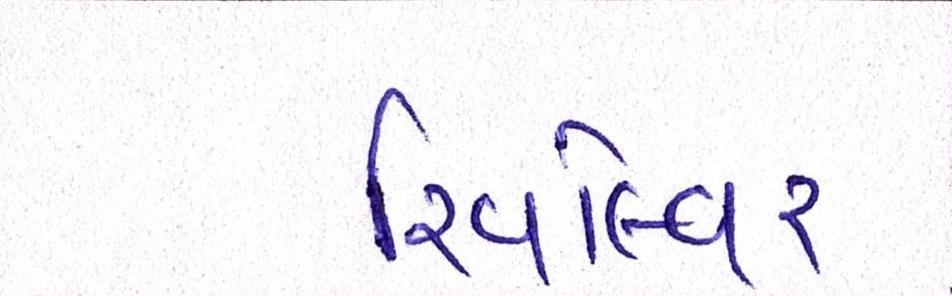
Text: રિવૉલ્વર